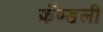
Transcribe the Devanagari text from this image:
फ्रॅण्डली